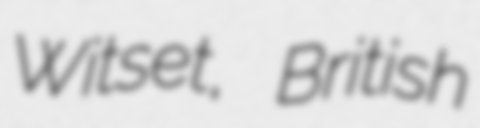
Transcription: Witset, British